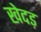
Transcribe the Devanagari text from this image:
खेदड़